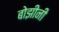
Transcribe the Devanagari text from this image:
बोझीनी